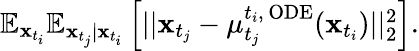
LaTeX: \begin{array}{r}{\mathbb{E}_{\mathbf{x}_{t_{i}}}\mathbb{E}_{\mathbf{x}_{t_{j}}|\mathbf{x}_{t_{i}}}\left[||\mathbf{x}_{t_{j}}-\mu_{t_{j}}^{t_{i},\, \mathrm{ODE}}(\mathbf{x}_{t_{i}})||_{2}^{2}\right].}\end{array}